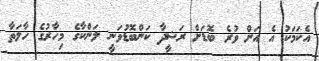
އެކަމަކު އެ އަށް ވުރެ ބޮޑަށް ރަޝީދާ ކަންބޮޑުވަނީ ލަންކާގެ މިހާރުގެ ހާލަތާ